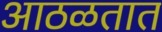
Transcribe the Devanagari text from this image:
आठळतात